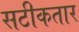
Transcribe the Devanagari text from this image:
सटीकतार